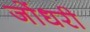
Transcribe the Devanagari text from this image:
जोंधरी